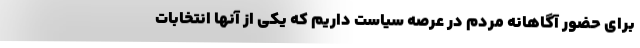
برای حضور آگاهانه مردم در عرصه سیاست داریم که یکی از آنها انتخابات